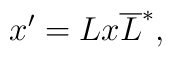
x^{\prime }=Lx\overline{L}^{*} ,